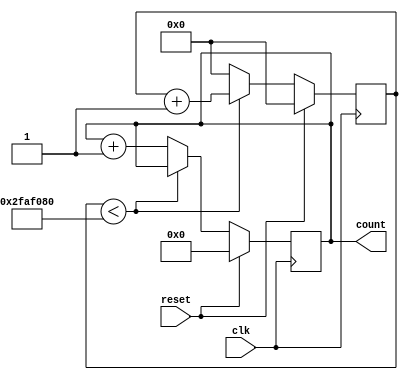
module counter(
reset,
clk,
count);

input reset;
input clk;
output [7:0] count;

wire reset;
wire clk;
reg [7:0] count;

//internal register
reg [25:0] internal_count;

always @ (posedge clk)
begin
	if(reset==1'b1)
	begin
		count <= 0;
		internal_count <= 0;
	end	
	else
	begin
		if(internal_count < 50000000)
		begin
			internal_count <= internal_count + 1'b1;
		end	
		else
		begin
			count <= count + 1'b1;
			internal_count <= 0;
		end
	end
end

endmodule